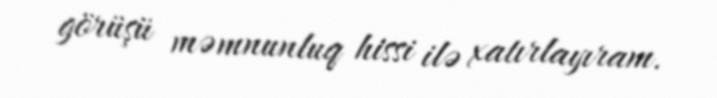
görüşü məmnunluq hissi ilə xatırlayıram.